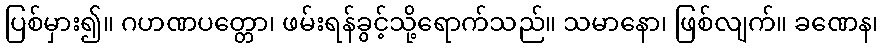
ပြစ်မှား၍။ ဂဟဏပတ္တော၊ ဖမ်းရန်ခွင့်သို့ရောက်သည်။ သမာနော၊ ဖြစ်လျက်။ ခဏေန၊